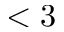
< 3